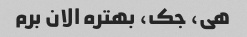
هی، جک، بهتره الان برم